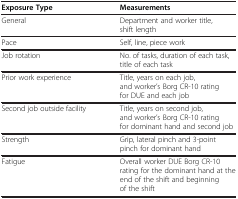
<table><thead><tr><td><b>Exposure Type</b></td><td><b>Measurements</b></td></tr></thead><tbody><tr><td>General</td><td>Department and worker title, shift length</td></tr><tr><td>Pace</td><td>Self, line, piece work</td></tr><tr><td>Job rotation</td><td>No. of tasks, duration of each task, title of each task</td></tr><tr><td>Prior work experience</td><td>Title, years on each job, and worker’s Borg CR-10 rating for DUE and each job</td></tr><tr><td>Second job outside facility</td><td>Title, years on second job, and worker’s Borg CR-10 rating for dominant hand and second job</td></tr><tr><td>Strength</td><td>Grip, lateral pinch and 3-point pinch for dominant hand</td></tr><tr><td>Fatigue</td><td>Overall worker DUE Borg CR-10 rating for the dominant hand at the end of the shift and beginning of the shift</td></tr></tbody></table>